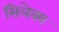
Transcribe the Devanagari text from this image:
सिलेक्न